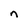
Character: n